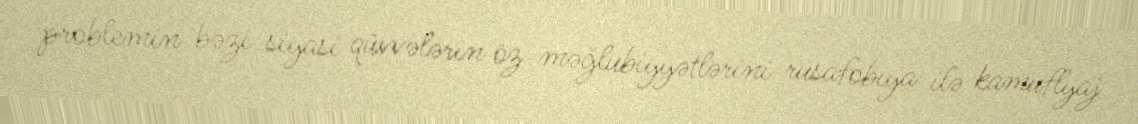
problemin bəzi siyasi qüvvələrin öz məğlubiyyətlərini rusafobiya ilə kamuflyaj